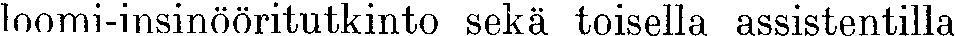
loomi-insinööritutkinto sekä toisella assistentilla